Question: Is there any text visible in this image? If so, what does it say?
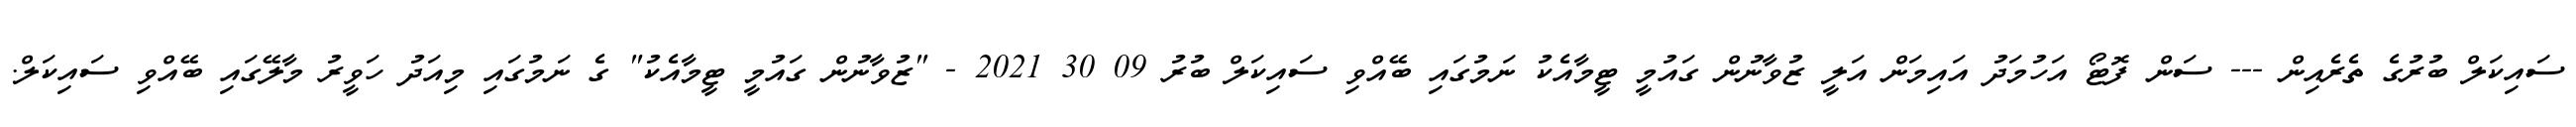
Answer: ސައިކަލް ބުރުގެ ތެރެއިން --- ސަން ފޮޓޯ އަހުމަދު އައިމަން އަލީ ޒުވާނުން ގައުމީ ޓީމާއެކު ނަމުގައި ބޭއްވި ސައިކަލް ބުރު 09 30 2021 - "ޒުވާނުން ގައުމީ ޓީމާއެކު" ގެ ނަމުގައި މިއަދު ހަވީރު މާލޭގައި ބޭއްވި ސައިކަލް.